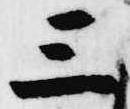
三